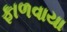
ફાળવાયા